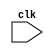
`timescale 1ns / 1ps
/*
Name: Harsh Shah
Roll no: 201501096
Verilog code for finding Inverse of Matrix.
*/


module Inverse_Matrix(clk);
	 
	 
input clk;
reg [31:0] matrix[49:0];
reg error_flag = 1'b0;
reg [31:0] tmp;

initial begin
matrix[0] = 1;
matrix[1] = 0;
matrix[2] = 0;
matrix[3] = 0;
matrix[4] = 1;
matrix[5] = 1;
matrix[6] = 0;
matrix[7] = 0;
matrix[8] = 0;
matrix[9] = 0;
matrix[10] = 0;
matrix[11] = 1;
matrix[12] = 3;
matrix[13] = 0;
matrix[14] = 0;
matrix[15] = 0;
matrix[16] = 1;
matrix[17] = 0;
matrix[18] = 0;
matrix[19] = 0;
matrix[20] = 0;
matrix[21] = 0;
matrix[22] = 1;
matrix[23] = 0;
matrix[24] = 0;
matrix[25] = 0;
matrix[26] = 0;
matrix[27] = 1;
matrix[28] = 0;
matrix[29] = 0;
matrix[30] = 0;
matrix[31] = 1;
matrix[32] = 0;
matrix[33] = 1;
matrix[34] = 0;
matrix[35] = 0;
matrix[36] = 0;
matrix[37] = 0;
matrix[38] = 1;
matrix[39] = 0;
matrix[40] = 0;
matrix[41] = 0;
matrix[42] = 0;
matrix[43] = 0;
matrix[44] = 1;
matrix[45] = 0;
matrix[46] = 0;
matrix[47] = 0;
matrix[48] = 0;
matrix[49] = 1;
end


//To check if all elements of first column is zero and if matrix[0] = 0 then swap row with first non-zero element in a paerticular row
always@(posedge clk)
begin
	if(matrix[0] == 0)
	begin
		if(matrix[10] == 0)
		begin
			if(matrix[20] == 0)
			begin
				if(matrix[30] == 0)
				begin
					if(matrix[40] == 0)
					begin
						error_flag = 1'b1;			//Assigning error_flag is equal to 1
					end
					
					else
					begin
						//Swap
						tmp = matrix[40];
						matrix[40]= matrix[0];
						matrix[0]=tmp;
						
						
						tmp = matrix[41];
						matrix[41]= matrix[1];
						matrix[1]=tmp;
						
						
						tmp = matrix[42];
						matrix[42]= matrix[2];
						matrix[2]=tmp;
						
						
						tmp = matrix[43];
						matrix[43]= matrix[3];
						matrix[3]=tmp;
						
						
						tmp = matrix[44];
						matrix[44]= matrix[4];
						matrix[4]=tmp;
						
						
						tmp = matrix[45];
						matrix[45]= matrix[5];
						matrix[5]=tmp;
						
						
						tmp = matrix[46];
						matrix[46]= matrix[6];
						matrix[6]=tmp;
						
						
						tmp = matrix[47];
						matrix[47]= matrix[7];
						matrix[7]=tmp;
						
						
						tmp = matrix[48];
						matrix[48]= matrix[8];
						matrix[8]=tmp;
						
						
						tmp = matrix[49];
						matrix[49]= matrix[9];
						matrix[9]=tmp;
						
					end
				end
				
				else
				begin
						tmp = matrix[30];
						matrix[30]= matrix[0];
						matrix[0]=tmp;
						
						
						tmp = matrix[31];
						matrix[31]= matrix[1];
						matrix[1]=tmp;
						
						
						tmp = matrix[32];
						matrix[32]= matrix[2];
						matrix[2]=tmp;
						
						
						tmp = matrix[33];
						matrix[33]= matrix[3];
						matrix[3]=tmp;
						
						
						tmp = matrix[34];
						matrix[34]= matrix[4];
						matrix[4]=tmp;
						
						
						tmp = matrix[35];
						matrix[35]= matrix[5];
						matrix[5]=tmp;
						
						
						tmp = matrix[36];
						matrix[36]= matrix[6];
						matrix[6]=tmp;
						
						
						tmp = matrix[37];
						matrix[37]= matrix[7];
						matrix[7]=tmp;
						
						
						tmp = matrix[38];
						matrix[38]= matrix[8];
						matrix[8]=tmp;
						
						
						tmp = matrix[39];
						matrix[39]= matrix[9];
						matrix[9]=tmp;
				end
			end
			
			else
			begin
						tmp = matrix[20];
						matrix[20]= matrix[0];
						matrix[0]=tmp;
						
						
						tmp = matrix[21];
						matrix[21]= matrix[1];
						matrix[1]=tmp;
						
						
						tmp = matrix[22];
						matrix[22]= matrix[2];
						matrix[2]=tmp;
						
						
						tmp = matrix[23];
						matrix[23]= matrix[3];
						matrix[3]=tmp;
						
						
						tmp = matrix[24];
						matrix[24]= matrix[4];
						matrix[4]=tmp;
						
						
						tmp = matrix[25];
						matrix[25]= matrix[5];
						matrix[5]=tmp;
						
						
						tmp = matrix[26];
						matrix[26]= matrix[6];
						matrix[6]=tmp;
						
						
						tmp = matrix[27];
						matrix[27]= matrix[7];
						matrix[7]=tmp;
						
						
						tmp = matrix[28];
						matrix[28]= matrix[8];
						matrix[8]=tmp;
						
						
						tmp = matrix[29];
						matrix[29]= matrix[9];
						matrix[9]=tmp;
			end
		end
		
		else
		begin
						tmp = matrix[10];
						matrix[10]= matrix[0];
						matrix[0]=tmp;
						
						
						tmp = matrix[11];
						matrix[11]= matrix[1];
						matrix[1]=tmp;
						
						
						tmp = matrix[12];
						matrix[12]= matrix[2];
						matrix[2]=tmp;
						
						
						tmp = matrix[13];
						matrix[13]= matrix[3];
						matrix[3]=tmp;
						
						
						tmp = matrix[14];
						matrix[14]= matrix[4];
						matrix[4]=tmp;
						
						
						tmp = matrix[15];
						matrix[15]= matrix[5];
						matrix[5]=tmp;
						
						
						tmp = matrix[16];
						matrix[16]= matrix[6];
						matrix[6]=tmp;
						
						
						tmp = matrix[17];
						matrix[17]= matrix[7];
						matrix[7]=tmp;
						
						
						tmp = matrix[18];
						matrix[18]= matrix[8];
						matrix[8]=tmp;
						
						
						tmp = matrix[19];
						matrix[19]= matrix[9];
						matrix[9]=tmp;
		end	
	end


//Making column 1 zero  

	
	matrix[11] = matrix[0] * matrix[11] - matrix[10] * matrix[1];
	matrix[12] = matrix[0] * matrix[12] - matrix[10] * matrix[2];
	matrix[13] = matrix[0] * matrix[13] - matrix[10] * matrix[3];
	matrix[14] = matrix[0] * matrix[14] - matrix[10] * matrix[4];
	matrix[15] = matrix[0] * matrix[15] - matrix[10] * matrix[5];
	matrix[16] = matrix[0] * matrix[16] - matrix[10] * matrix[6];
	matrix[17] = matrix[0] * matrix[17] - matrix[10] * matrix[7];
	matrix[18] = matrix[0] * matrix[18] - matrix[10] * matrix[8];
	matrix[19] = matrix[0] * matrix[19] - matrix[10] * matrix[9];
	matrix[10] = matrix[0] * matrix[10] - matrix[10] * matrix[0];
	
	
	matrix[21] = matrix[0] * matrix[21] - matrix[20] * matrix[1];
	matrix[22] = matrix[0] * matrix[22] - matrix[20] * matrix[2];
	matrix[23] = matrix[0] * matrix[23] - matrix[20] * matrix[3];
	matrix[24] = matrix[0] * matrix[24] - matrix[20] * matrix[4];
	matrix[25] = matrix[0] * matrix[25] - matrix[20] * matrix[5];
	matrix[26] = matrix[0] * matrix[26] - matrix[20] * matrix[6];
	matrix[27] = matrix[0] * matrix[27] - matrix[20] * matrix[7];
	matrix[28] = matrix[0] * matrix[28] - matrix[20] * matrix[8];
	matrix[29] = matrix[0] * matrix[29] - matrix[20] * matrix[9];
	matrix[20] = matrix[0] * matrix[20] - matrix[20] * matrix[0];

	
	matrix[31] = matrix[0] * matrix[31] - matrix[30] * matrix[1];
	matrix[32] = matrix[0] * matrix[32] - matrix[30] * matrix[2];
	matrix[33] = matrix[0] * matrix[33] - matrix[30] * matrix[3];
	matrix[34] = matrix[0] * matrix[34] - matrix[30] * matrix[4];
	matrix[35] = matrix[0] * matrix[35] - matrix[30] * matrix[5];
	matrix[36] = matrix[0] * matrix[36] - matrix[30] * matrix[6];
	matrix[37] = matrix[0] * matrix[37] - matrix[30] * matrix[7];
	matrix[38] = matrix[0] * matrix[38] - matrix[30] * matrix[8];
	matrix[39] = matrix[0] * matrix[39] - matrix[30] * matrix[9];	
	matrix[30] = matrix[0] * matrix[30] - matrix[30] * matrix[0];
	
	
	matrix[41] = matrix[0] * matrix[41] - matrix[40] * matrix[1];
	matrix[42] = matrix[0] * matrix[42] - matrix[40] * matrix[2];
	matrix[43] = matrix[0] * matrix[43] - matrix[40] * matrix[3];
	matrix[44] = matrix[0] * matrix[44] - matrix[40] * matrix[4];
	matrix[45] = matrix[0] * matrix[45] - matrix[40] * matrix[5];
	matrix[46] = matrix[0] * matrix[46] - matrix[40] * matrix[6];
	matrix[47] = matrix[0] * matrix[47] - matrix[40] * matrix[7];
	matrix[48] = matrix[0] * matrix[48] - matrix[40] * matrix[8];
	matrix[49] = matrix[0] * matrix[49] - matrix[40] * matrix[9];
	matrix[40] = matrix[0] * matrix[40] - matrix[40] * matrix[0];

//Checking if pivots are zero or not (poivots from row 2)
	if(matrix[11] == 0)
	begin
		if(matrix[21] == 0)
		begin
			if(matrix[31] == 0)
			begin
				if(matrix[41] == 0)
				begin
					error_flag = 1'b1;			//Assigning error_flag is equal to 1
				end
				
				else
				begin
						tmp = matrix[40];
						matrix[40]= matrix[10];
						matrix[10]=tmp;
						
						
						tmp = matrix[41];
						matrix[41]= matrix[11];
						matrix[11]=tmp;
						
						
						tmp = matrix[42];
						matrix[42]= matrix[12];
						matrix[12]=tmp;
						
						
						tmp = matrix[43];
						matrix[43]= matrix[13];
						matrix[13]=tmp;
						
						
						tmp = matrix[44];
						matrix[44]= matrix[14];
						matrix[14]=tmp;
						
						
						tmp = matrix[45];
						matrix[45]= matrix[15];
						matrix[15]=tmp;
						
						
						tmp = matrix[46];
						matrix[46]= matrix[16];
						matrix[16]=tmp;
						
						
						tmp = matrix[47];
						matrix[47]= matrix[17];
						matrix[17]=tmp;
						
						
						tmp = matrix[48];
						matrix[48]= matrix[18];
						matrix[18]=tmp;
						
						
						tmp = matrix[49];
						matrix[49]= matrix[19];
						matrix[19]=tmp;					
				end
			end
			
			else
			begin
					//Swap
					tmp = matrix[30];
					matrix[30]= matrix[10];
					matrix[10]=tmp;
					
					
					tmp = matrix[31];
					matrix[31]= matrix[11];
					matrix[11]=tmp;
					
					
					tmp = matrix[32];
					matrix[32]= matrix[12];
					matrix[12]=tmp;
					
					
					tmp = matrix[33];
					matrix[33]= matrix[13];
					matrix[13]=tmp;
					
					
					tmp = matrix[34];
					matrix[34]= matrix[14];
					matrix[14]=tmp;
					
					
					tmp = matrix[35];
					matrix[35]= matrix[15];
					matrix[15]=tmp;
					
					
					tmp = matrix[36];
					matrix[36]= matrix[16];
					matrix[16]=tmp;
					
					
					tmp = matrix[37];
					matrix[37]= matrix[17];
					matrix[17]=tmp;
					
					
					tmp = matrix[38];
					matrix[38]= matrix[18];
					matrix[18]=tmp;
					
					
					tmp = matrix[39];
					matrix[39]= matrix[19];
					matrix[19]=tmp;					
			end
		end
		
		else
		begin
			//Swap
			tmp = matrix[20];
			matrix[20]= matrix[10];
			matrix[10]=tmp;
			
			
			tmp = matrix[21];
			matrix[21]= matrix[11];
			matrix[11]=tmp;
			
			
			tmp = matrix[22];
			matrix[22]= matrix[12];
			matrix[12]=tmp;
			
			
			tmp = matrix[23];
			matrix[23]= matrix[13];
			matrix[13]=tmp;
			
			
			tmp = matrix[24];
			matrix[24]= matrix[14];
			matrix[14]=tmp;
			
			
			tmp = matrix[25];
			matrix[25]= matrix[15];
			matrix[15]=tmp;
			
			
			tmp = matrix[26];
			matrix[26]= matrix[16];
			matrix[16]=tmp;
			
			
			tmp = matrix[27];
			matrix[27]= matrix[17];
			matrix[17]=tmp;
			
			
			tmp = matrix[28];
			matrix[28]= matrix[18];
			matrix[18]=tmp;
			
			
			tmp = matrix[29];
			matrix[29]= matrix[19];
			matrix[19]=tmp;			
		end
	end


//Making zero in column 2
	matrix[20] = 0;
	
	matrix[22] = matrix[11] * matrix[22] - matrix[21] * matrix[12];
	matrix[23] = matrix[11] * matrix[23] - matrix[21] * matrix[13];
	matrix[24] = matrix[11] * matrix[24] - matrix[21] * matrix[14];
	matrix[25] = matrix[11] * matrix[25] - matrix[21] * matrix[15];
	matrix[26] = matrix[11] * matrix[26] - matrix[21] * matrix[16];
	matrix[27] = matrix[11] * matrix[27] - matrix[21] * matrix[17];
	matrix[28] = matrix[11] * matrix[28] - matrix[21] * matrix[18];
	matrix[29] = matrix[11] * matrix[29] - matrix[21] * matrix[19];
	matrix[21] = matrix[11] * matrix[21] - matrix[21] * matrix[11];
	
	matrix[30] = 0;
	
	matrix[32] = matrix[11] * matrix[32] - matrix[31] * matrix[12];
	matrix[33] = matrix[11] * matrix[33] - matrix[31] * matrix[13];
	matrix[34] = matrix[11] * matrix[34] - matrix[31] * matrix[14];
	matrix[35] = matrix[11] * matrix[35] - matrix[31] * matrix[15];
	matrix[36] = matrix[11] * matrix[36] - matrix[31] * matrix[16];
	matrix[37] = matrix[11] * matrix[37] - matrix[31] * matrix[17];
	matrix[38] = matrix[11] * matrix[38] - matrix[31] * matrix[18];
	matrix[39] = matrix[11] * matrix[39] - matrix[31] * matrix[19];
	matrix[31] = matrix[11] * matrix[31] - matrix[31] * matrix[11];
	
	matrix[40] = 0;
	
	matrix[42] = matrix[11] * matrix[42] - matrix[41] * matrix[12];
	matrix[43] = matrix[11] * matrix[43] - matrix[41] * matrix[13];
	matrix[44] = matrix[11] * matrix[44] - matrix[41] * matrix[14];
	matrix[45] = matrix[11] * matrix[45] - matrix[41] * matrix[15];
	matrix[46] = matrix[11] * matrix[46] - matrix[41] * matrix[16];
	matrix[47] = matrix[11] * matrix[47] - matrix[41] * matrix[17];
	matrix[48] = matrix[11] * matrix[48] - matrix[41] * matrix[18];
	matrix[49] = matrix[11] * matrix[49] - matrix[41] * matrix[19];
	matrix[41] = matrix[11] * matrix[41] - matrix[41] * matrix[11];

//Checking if pivots are zero or not(from row 3)
	if(matrix[22] == 0)
	begin
		if(matrix[32] == 0)
		begin
			if(matrix[42] == 0)
			begin
				error_flag = 1'b1;			//Assigning error_flag=1
			end
			
			else
			begin
				//Swap
				tmp = matrix[40];
				matrix[40]= matrix[20];
				matrix[20]=tmp;
				
				
				tmp = matrix[41];
				matrix[41]= matrix[21];
				matrix[21]=tmp;
				
				
				tmp = matrix[42];
				matrix[42]= matrix[22];
				matrix[22]=tmp;
				
				
				tmp = matrix[43];
				matrix[43]= matrix[23];
				matrix[23]=tmp;
				
				
				tmp = matrix[44];
				matrix[44]= matrix[24];
				matrix[24]=tmp;
				
				
				tmp = matrix[45];
				matrix[45]= matrix[25];
				matrix[25]=tmp;
				
				
				tmp = matrix[46];
				matrix[46]= matrix[26];
				matrix[26]=tmp;
				
				
				tmp = matrix[47];
				matrix[47]= matrix[27];
				matrix[27]=tmp;
				
				
				tmp = matrix[48];
				matrix[48]= matrix[28];
				matrix[28]=tmp;
				
				
				tmp = matrix[49];
				matrix[49]= matrix[29];
				matrix[29]=tmp;						
			end
		end
		
		else
		begin
		//Swap
			tmp = matrix[30];
			matrix[30]= matrix[20];
			matrix[20]=tmp;
			
			
			tmp = matrix[31];
			matrix[31]= matrix[21];
			matrix[21]=tmp;
			
			
			tmp = matrix[32];
			matrix[32]= matrix[22];
			matrix[22]=tmp;
			
			
			tmp = matrix[33];
			matrix[33]= matrix[23];
			matrix[23]=tmp;
			
			
			tmp = matrix[34];
			matrix[34]= matrix[24];
			matrix[24]=tmp;
			
			
			tmp = matrix[35];
			matrix[35]= matrix[25];
			matrix[25]=tmp;
			
			
			tmp = matrix[36];
			matrix[36]= matrix[26];
			matrix[26]=tmp;
			
			
			tmp = matrix[37];
			matrix[37]= matrix[27];
			matrix[27]=tmp;
			
			
			tmp = matrix[38];
			matrix[38]= matrix[28];
			matrix[28]=tmp;
			
			
			tmp = matrix[39];
			matrix[39]= matrix[29];
			matrix[29]=tmp;											
		end
	end

//Making zero in column 3
	matrix[30] = 0;
	matrix[31] = 0;
	
	matrix[33] = matrix[22] * matrix[33] - matrix[32] * matrix[23];
	matrix[34] = matrix[22] * matrix[34] - matrix[32] * matrix[24];
	matrix[35] = matrix[22] * matrix[35] - matrix[32] * matrix[25];
	matrix[36] = matrix[22] * matrix[36] - matrix[32] * matrix[26];
	matrix[37] = matrix[22] * matrix[37] - matrix[32] * matrix[27];
	matrix[38] = matrix[22] * matrix[38] - matrix[32] * matrix[28];
	matrix[39] = matrix[22] * matrix[39] - matrix[32] * matrix[29];
	matrix[32] = matrix[22] * matrix[32] - matrix[32] * matrix[22];
	
	matrix[40] = 0;
	matrix[41] = 0;
	
	matrix[43] = matrix[22] * matrix[43] - matrix[42] * matrix[23];
	matrix[44] = matrix[22] * matrix[44] - matrix[42] * matrix[24];
	matrix[45] = matrix[22] * matrix[45] - matrix[42] * matrix[25];
	matrix[46] = matrix[22] * matrix[46] - matrix[42] * matrix[26];
	matrix[47] = matrix[22] * matrix[47] - matrix[42] * matrix[27];
	matrix[48] = matrix[22] * matrix[48] - matrix[42] * matrix[28];
	matrix[49] = matrix[22] * matrix[49] - matrix[42] * matrix[29];	
	matrix[42] = matrix[22] * matrix[42] - matrix[42] * matrix[22];

	//Checking if pivots are zero or not
	if(matrix[33] == 0)
	begin
		if(matrix[43] == 0)
		begin
			error_flag = 1'b1;			//Assigning error_flag = 1
		end
		
		else
		begin
			//Swap
			tmp = matrix[40];
			matrix[40]= matrix[30];
			matrix[30]=tmp;
			
			
			tmp = matrix[41];
			matrix[41]= matrix[31];
			matrix[31]=tmp;
			
			
			tmp = matrix[42];
			matrix[42]= matrix[32];
			matrix[32]=tmp;
			
			
			tmp = matrix[43];
			matrix[43]= matrix[33];
			matrix[33]=tmp;
			
			
			tmp = matrix[44];
			matrix[44]= matrix[34];
			matrix[34]=tmp;
			
			
			tmp = matrix[45];
			matrix[45]= matrix[35];
			matrix[35]=tmp;
			
			
			tmp = matrix[46];
			matrix[46]= matrix[36];
			matrix[36]=tmp;
			
			
			tmp = matrix[47];
			matrix[47]= matrix[37];
			matrix[37]=tmp;
			
			
			tmp = matrix[48];
			matrix[48]= matrix[38];
			matrix[38]=tmp;
			
			
			tmp = matrix[49];
			matrix[49]= matrix[39];
			matrix[39]=tmp;						
		end
	end

	matrix[40] = 0;
	matrix[41] = 0;
	matrix[42] = 0;
	
	matrix[44] = matrix[33] * matrix[44] - matrix[43] * matrix[34];
	matrix[45] = matrix[33] * matrix[45] - matrix[43] * matrix[35];
	matrix[46] = matrix[33] * matrix[46] - matrix[43] * matrix[36];
	matrix[47] = matrix[33] * matrix[47] - matrix[43] * matrix[37];
	matrix[48] = matrix[33] * matrix[48] - matrix[43] * matrix[38];
	matrix[49] = matrix[33] * matrix[49] - matrix[43] * matrix[39];
	matrix[43] = matrix[33] * matrix[43] - matrix[43] * matrix[33];
	
	//Check pivot is zero or not
	if(matrix[44] == 0)
	begin
		error_flag = 1'b1;
	end

//Making zeros in the Column 5
	
	matrix[5] = matrix[44] * matrix[5] - matrix[4] * matrix[45];
	matrix[6] = matrix[44] * matrix[6] - matrix[4] * matrix[46];
	matrix[7] = matrix[44] * matrix[7] - matrix[4] * matrix[47];
	matrix[8] = matrix[44] * matrix[8] - matrix[4] * matrix[48];
	matrix[9] = matrix[44] * matrix[9] - matrix[4] * matrix[49];
	matrix[4] = matrix[44] * matrix[4] - matrix[4] * matrix[44];
	
	
	matrix[15] = matrix[44] * matrix[15] - matrix[14] * matrix[45];
	matrix[16] = matrix[44] * matrix[16] - matrix[14] * matrix[46];
	matrix[17] = matrix[44] * matrix[17] - matrix[14] * matrix[47];
	matrix[18] = matrix[44] * matrix[18] - matrix[14] * matrix[48];
	matrix[19] = matrix[44] * matrix[19] - matrix[14] * matrix[49];
	matrix[14] = matrix[44] * matrix[14] - matrix[14] * matrix[44];
	
	matrix[25] = matrix[44] * matrix[25] - matrix[24] * matrix[45];
	matrix[26] = matrix[44] * matrix[26] - matrix[24] * matrix[46];
	matrix[27] = matrix[44] * matrix[27] - matrix[24] * matrix[47];
	matrix[28] = matrix[44] * matrix[28] - matrix[24] * matrix[48];
	matrix[29] = matrix[44] * matrix[29] - matrix[24] * matrix[49];
	matrix[24] = matrix[44] * matrix[24] - matrix[24] * matrix[44];
	
	matrix[35] = matrix[44] * matrix[35] - matrix[34] * matrix[45];
	matrix[36] = matrix[44] * matrix[36] - matrix[34] * matrix[46];
	matrix[37] = matrix[44] * matrix[37] - matrix[34] * matrix[47];
	matrix[38] = matrix[44] * matrix[38] - matrix[34] * matrix[48];
	matrix[39] = matrix[44] * matrix[39] - matrix[34] * matrix[49];
	matrix[34] = matrix[44] * matrix[34] - matrix[34] * matrix[44];
	
//making zeros in Column 4
	matrix[4] = 0;
	matrix[5] = matrix[33] * matrix[5] - matrix[3] * matrix[35];
	matrix[6] = matrix[33] * matrix[6] - matrix[3] * matrix[36];
	matrix[7] = matrix[33] * matrix[7] - matrix[3] * matrix[37];
	matrix[8] = matrix[33] * matrix[8] - matrix[3] * matrix[38];
	matrix[9] = matrix[33] * matrix[9] - matrix[3] * matrix[39];
	matrix[3] = matrix[33] * matrix[3] - matrix[3] * matrix[33];
	
	matrix[14] = 0;
	matrix[15] = matrix[33] * matrix[15] - matrix[13] * matrix[35];
	matrix[16] = matrix[33] * matrix[16] - matrix[13] * matrix[36];
	matrix[17] = matrix[33] * matrix[17] - matrix[13] * matrix[37];
	matrix[18] = matrix[33] * matrix[18] - matrix[13] * matrix[38];
	matrix[19] = matrix[33] * matrix[19] - matrix[13] * matrix[39];
	matrix[13] = matrix[33] * matrix[13] - matrix[13] * matrix[33];
	
	matrix[24] = 0;
	matrix[25] = matrix[33] * matrix[25] - matrix[23] * matrix[35];
	matrix[26] = matrix[33] * matrix[26] - matrix[23] * matrix[36];
	matrix[27] = matrix[33] * matrix[27] - matrix[23] * matrix[37];
	matrix[28] = matrix[33] * matrix[28] - matrix[23] * matrix[38];
	matrix[29] = matrix[33] * matrix[29] - matrix[23] * matrix[39];
	matrix[23] = matrix[33] * matrix[23] - matrix[23] * matrix[33];
	
//making zeros in Columnn 3
	matrix[3] = 0;
	matrix[4] = 0;
	matrix[5] = matrix[22] * matrix[5] - matrix[2] * matrix[25];
	matrix[6] = matrix[22] * matrix[6] - matrix[2] * matrix[26];
	matrix[7] = matrix[22] * matrix[7] - matrix[2] * matrix[27];
	matrix[8] = matrix[22] * matrix[8] - matrix[2] * matrix[28];
	matrix[9] = matrix[22] * matrix[9] - matrix[2] * matrix[29];
	matrix[2] = matrix[22] * matrix[2] - matrix[2] * matrix[22];
	
	matrix[13] = 0;
	matrix[14] = 0;
	matrix[15] = matrix[22] * matrix[15] - matrix[12] * matrix[25];
	matrix[16] = matrix[22] * matrix[16] - matrix[12] * matrix[26];
	matrix[17] = matrix[22] * matrix[17] - matrix[12] * matrix[27];
	matrix[18] = matrix[22] * matrix[18] - matrix[12] * matrix[28];
	matrix[19] = matrix[22] * matrix[19] - matrix[12] * matrix[29];
	matrix[12] = matrix[22] * matrix[12] - matrix[12] * matrix[22];
	
//making zeros in Column 2
	matrix[2] =0;
	matrix[3] =0;
	matrix[4] = 0;
	matrix[5] = matrix[11] * matrix[5] - matrix[1] * matrix[15];
	matrix[6] = matrix[11] * matrix[6] - matrix[1] * matrix[16];
	matrix[7] = matrix[11] * matrix[7] - matrix[1] * matrix[17];
	matrix[8] = matrix[11] * matrix[8] - matrix[1] * matrix[18];
	matrix[9] = matrix[11] * matrix[9] - matrix[1] * matrix[19];
	matrix[1] = matrix[11] * matrix[1] - matrix[1] * matrix[11];
	
end

endmodule